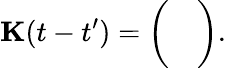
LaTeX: \mathbf{{K}}(t-t^{\prime})=\left(\begin{array}{ll}{\begin{array}{rl}\end{array}}&{\begin{array}{rl}\end{array}}\\ {\begin{array}{rl}\end{array}}&{\begin{array}{rl}\end{array}}\end{array}\right).